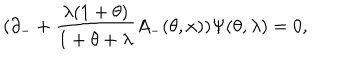
( \partial _ { - } + \frac { \lambda ( 1 + \theta ) } { 1 + \theta + \lambda } A _ { - } ( \theta , x ) ) \Psi ( \theta , \lambda ) = 0 ,